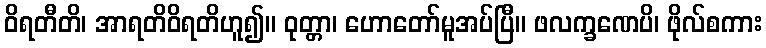
ဝိရတီတိ၊ အာရတိဝိရတိဟူ၍။ ဝုတ္တာ၊ ဟောတော်မူအပ်ပြီ။ ဖလက္ခဏေပိ၊ ဖိုလ်စကား